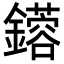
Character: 𨮥